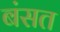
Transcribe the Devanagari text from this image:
बंसत